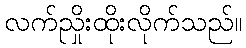
လက်ညှိုးထိုးလိုက်သည်။